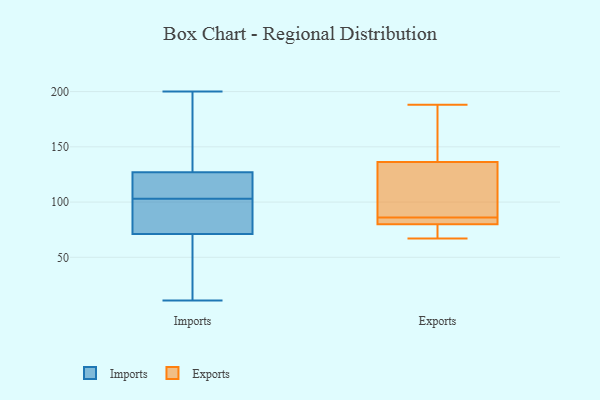
{"axis": {"x": "Headcount", "y": "Value"}, "legend": ["Exports", "Imports"], "data": [{"x": "", "y": 87, "type": "Imports"}, {"x": "", "y": 69, "type": "Imports"}, {"x": "", "y": 200, "type": "Imports"}, {"x": "", "y": 87, "type": "Imports"}, {"x": "", "y": 118, "type": "Imports"}, {"x": "", "y": 102, "type": "Imports"}, {"x": "", "y": 73, "type": "Imports"}, {"x": "", "y": 40, "type": "Imports"}, {"x": "", "y": 162, "type": "Imports"}, {"x": "", "y": 13, "type": "Imports"}, {"x": "", "y": 119, "type": "Imports"}, {"x": "", "y": 135, "type": "Imports"}, {"x": "", "y": 90, "type": "Imports"}, {"x": "", "y": 128, "type": "Imports"}, {"x": "", "y": 105, "type": "Imports"}, {"x": "", "y": 104, "type": "Imports"}, {"x": "", "y": 133, "type": "Imports"}, {"x": "", "y": 126, "type": "Imports"}, {"x": "", "y": 11, "type": "Imports"}, {"x": "", "y": 35, "type": "Imports"}, {"x": "", "y": 139, "type": "Exports"}, {"x": "", "y": 71, "type": "Exports"}, {"x": "", "y": 188, "type": "Exports"}, {"x": "", "y": 117, "type": "Exports"}, {"x": "", "y": 83, "type": "Exports"}, {"x": "", "y": 83, "type": "Exports"}, {"x": "", "y": 86, "type": "Exports"}, {"x": "", "y": 137, "type": "Exports"}, {"x": "", "y": 136, "type": "Exports"}, {"x": "", "y": 86, "type": "Exports"}, {"x": "", "y": 67, "type": "Exports"}, {"x": "", "y": 67, "type": "Exports"}, {"x": "", "y": 120, "type": "Exports"}]}